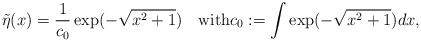
LaTeX: \begin{align*}\tilde\eta(x)=\frac{1}{c_0}\exp(-\sqrt{x^2+1})\quad\mbox{with}c_0:=\int\exp(-\sqrt{x^2+1})dx,\end{align*}